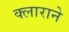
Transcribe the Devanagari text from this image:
क्लाराने